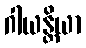
ဂါယန္တိယာ